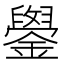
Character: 𫓓